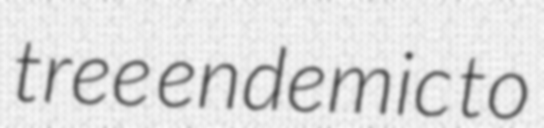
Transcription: tree endemic to